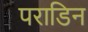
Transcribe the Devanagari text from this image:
पराडिन